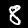
Label: 8